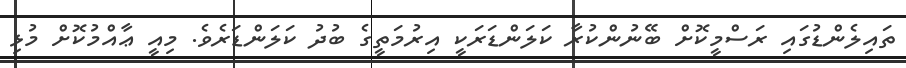
ތައިލެންޑުގައި ރަސްމީކޮށް ބޭނުންކުރާ ކަލަންޑަރަކީ އިރުމަތީގެ ބުދު ކަލަންޑަރެވެ. މިއީ ޢާއްމުކޮށް މުޅި